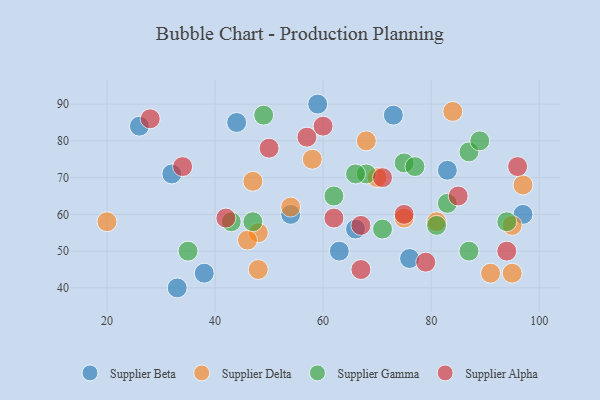
{"axis": {"x": "GDP", "y": "Life Expectancy"}, "legend": ["Supplier Alpha", "Supplier Beta", "Supplier Delta", "Supplier Gamma"], "data": [{"x": "59", "y": 90, "type": "Supplier Beta"}, {"x": "54", "y": 60, "type": "Supplier Beta"}, {"x": "66", "y": 56, "type": "Supplier Beta"}, {"x": "32", "y": 71, "type": "Supplier Beta"}, {"x": "83", "y": 72, "type": "Supplier Beta"}, {"x": "63", "y": 50, "type": "Supplier Beta"}, {"x": "76", "y": 48, "type": "Supplier Beta"}, {"x": "33", "y": 40, "type": "Supplier Beta"}, {"x": "38", "y": 44, "type": "Supplier Beta"}, {"x": "26", "y": 84, "type": "Supplier Beta"}, {"x": "97", "y": 60, "type": "Supplier Beta"}, {"x": "73", "y": 87, "type": "Supplier Beta"}, {"x": "44", "y": 85, "type": "Supplier Beta"}, {"x": "75", "y": 59, "type": "Supplier Delta"}, {"x": "91", "y": 44, "type": "Supplier Delta"}, {"x": "97", "y": 68, "type": "Supplier Delta"}, {"x": "48", "y": 55, "type": "Supplier Delta"}, {"x": "46", "y": 53, "type": "Supplier Delta"}, {"x": "47", "y": 69, "type": "Supplier Delta"}, {"x": "81", "y": 58, "type": "Supplier Delta"}, {"x": "84", "y": 88, "type": "Supplier Delta"}, {"x": "70", "y": 70, "type": "Supplier Delta"}, {"x": "54", "y": 62, "type": "Supplier Delta"}, {"x": "95", "y": 44, "type": "Supplier Delta"}, {"x": "48", "y": 45, "type": "Supplier Delta"}, {"x": "68", "y": 80, "type": "Supplier Delta"}, {"x": "95", "y": 57, "type": "Supplier Delta"}, {"x": "58", "y": 75, "type": "Supplier Delta"}, {"x": "20", "y": 58, "type": "Supplier Delta"}, {"x": "87", "y": 77, "type": "Supplier Gamma"}, {"x": "75", "y": 74, "type": "Supplier Gamma"}, {"x": "49", "y": 87, "type": "Supplier Gamma"}, {"x": "77", "y": 73, "type": "Supplier Gamma"}, {"x": "68", "y": 71, "type": "Supplier Gamma"}, {"x": "83", "y": 63, "type": "Supplier Gamma"}, {"x": "87", "y": 50, "type": "Supplier Gamma"}, {"x": "66", "y": 71, "type": "Supplier Gamma"}, {"x": "71", "y": 56, "type": "Supplier Gamma"}, {"x": "35", "y": 50, "type": "Supplier Gamma"}, {"x": "47", "y": 58, "type": "Supplier Gamma"}, {"x": "94", "y": 58, "type": "Supplier Gamma"}, {"x": "89", "y": 80, "type": "Supplier Gamma"}, {"x": "43", "y": 58, "type": "Supplier Gamma"}, {"x": "81", "y": 57, "type": "Supplier Gamma"}, {"x": "62", "y": 65, "type": "Supplier Gamma"}, {"x": "67", "y": 45, "type": "Supplier Alpha"}, {"x": "57", "y": 81, "type": "Supplier Alpha"}, {"x": "75", "y": 60, "type": "Supplier Alpha"}, {"x": "60", "y": 84, "type": "Supplier Alpha"}, {"x": "67", "y": 57, "type": "Supplier Alpha"}, {"x": "42", "y": 59, "type": "Supplier Alpha"}, {"x": "28", "y": 86, "type": "Supplier Alpha"}, {"x": "71", "y": 70, "type": "Supplier Alpha"}, {"x": "94", "y": 50, "type": "Supplier Alpha"}, {"x": "62", "y": 59, "type": "Supplier Alpha"}, {"x": "96", "y": 73, "type": "Supplier Alpha"}, {"x": "79", "y": 47, "type": "Supplier Alpha"}, {"x": "34", "y": 73, "type": "Supplier Alpha"}, {"x": "50", "y": 78, "type": "Supplier Alpha"}, {"x": "85", "y": 65, "type": "Supplier Alpha"}]}